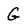
Character: G